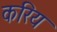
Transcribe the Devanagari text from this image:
करिय